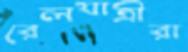
রেলযাত্রীরা